Report on the working of the Ranchi Indian Mental Hospital, Kanke, in Bihar and Orissa - 1930-1940
Year: 1930
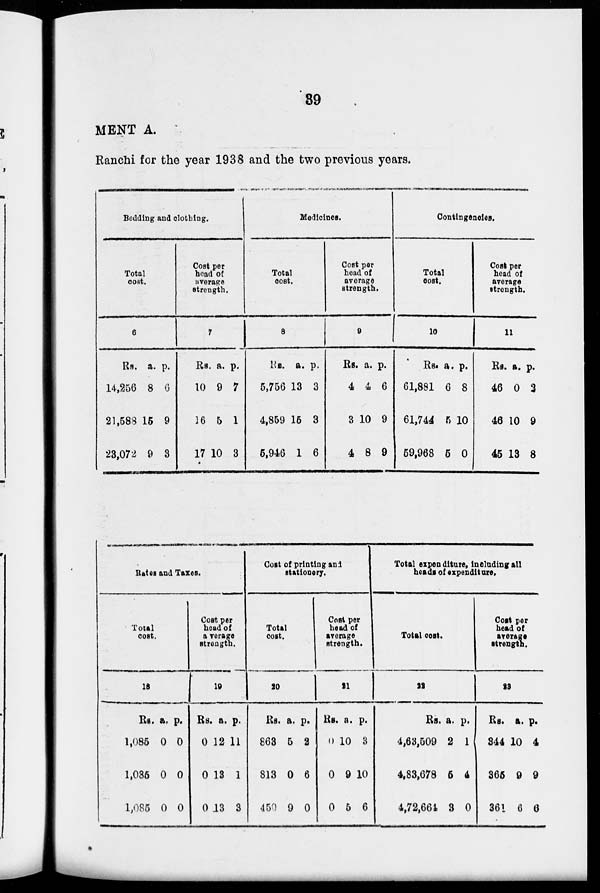
39
MENT A
Ranchi for the year 1938 and the two previous years.
Bedding and clothing.
Total
cost.
6
Rs.
14,256
21,588
23,072
a.
8
15
9
p.
6
9
3
Cost per
head of
average
strength.
7
Rs.
10
16
17
a.
9
5
10
p.
7
1
3
Medicines.
Total
cost.
8
Rs.
5,756
4,859
5,946
a.
13
15
1
p.
3
3
6
Cost per
head of
average
strength.
9
Rs.
4
3
4
a.
4
10
8
p.
6
9
9
Contingencies.
Total
cost.
10
Rs.
61,881
61,744
59,968
a.
6
5
5
p.
8
10
0
Cost per
head of
average
strength.
11
Rs.
46
46
45
a.
0
10
13
p.
2
9
8
Rates and Taxes.
Total
cost.
18
Rs.
1,085
1,085
1,085
a.
0
0
0
p.
0
0
0
Cost per
head of
average
strength.
19
Rs.
0
0
0
a.
12
13
13
p.
11
1
3
Cost of printing and
stationery.
Total
cost.
20
RS.
863
813
450
a.
5
0
9
p.
2
6
0
Cost per
head of
average
strength.
21
Rs.
0
0
0
a.
10
9
5
p.
3
10
6
Total expenditure, including all
heads of expenditure.
Total cost.
22
Rs.
4,63,509
4,83,678
4,72,664
a.
2
5
3
p.
1
4
0
Cost per
head of
average
strength.
23
Rs.
344
365
361
a.
10
9
6
p.
4
9
6